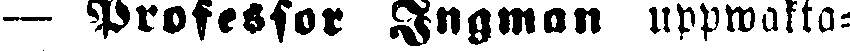
— Professor Ingman uppwakta-